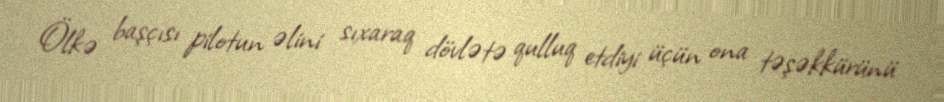
Ölkə başçısı pilotun əlini sıxaraq dövlətə qulluq etdiyi üçün ona təşəkkürünü